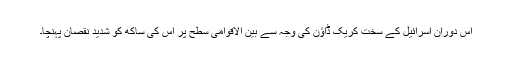
اس دوران اسرائیل کے سخت کریک ڈاؤن کی وجہ سے بین الاقوامی سطح پر اس کی ساکھ کو شدید نقصان پہنچا۔